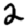
Digit: 2